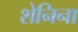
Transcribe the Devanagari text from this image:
शेनिना